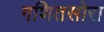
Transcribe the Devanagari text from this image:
गणितसोरा